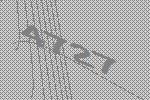
4727